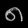
Digit: ၈